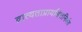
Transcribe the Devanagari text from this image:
व्रात्यताप्रायश्चित्तनिर्णय